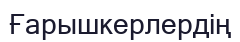
Ғарышкерлердің